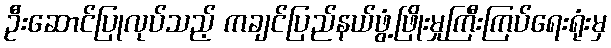
ဦးဆောင်ပြုလုပ်သည့် ကချင်ပြည်နယ်ဖွံ့ဖြိုးမှုကြီးကြပ်ရေးရုံးမှ